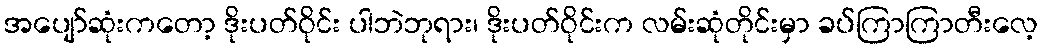
အပျော်ဆုံးကတော့ ဒိုးပတ်ဝိုင်း ပါဘဲဘုရား၊ ဒိုးပတ်ဝိုင်းက လမ်းဆုံတိုင်းမှာ ခပ်ကြာကြာတီးလေ့